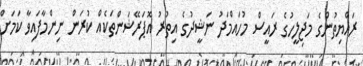
ރައްޔިތުންގެ މަޖިލީހުގެ ރައީސް މުހައްމަދު ނަޝީދުގެ އިތުރު އޮޕަރޭޝަންތަކެއް ކުރަން ނިންމާފައިވާ ކަމަށް